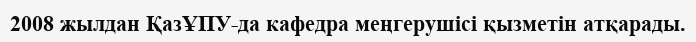
2008 жылдан ҚазҰПУ-да кафедра меңгерушісі қызметін атқарады.